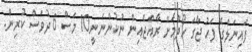
ފައިނަލްގެ ފަހު ޖާގަ ހޯދުމަށް ރާއްޖެއިން ނުކުންނަނީ10 މަސް 6 ދުވަސް ކުރިން.